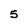
Character: 5